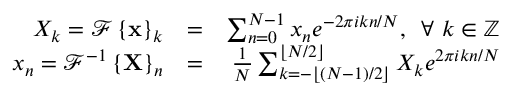
\begin{array} { r l r } { X _ { k } = \mathcal { F } \left\{ \mathbf { x } \right\} _ { k } } & { = } & { \sum _ { n = 0 } ^ { N - 1 } x _ { n } e ^ { - 2 \pi i k n / N } , \, \, \, \forall ~ k \in \mathbb { Z } } \\ { x _ { n } = \mathcal { F } ^ { - 1 } \left\{ \mathbf { X } \right\} _ { n } } & { = } & { \frac { 1 } { N } \sum _ { k = - \lfloor ( N - 1 ) / 2 \rfloor } ^ { \lfloor N / 2 \rfloor } X _ { k } e ^ { 2 \pi i k n / N } } \end{array}